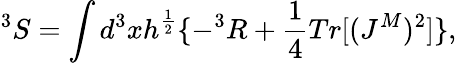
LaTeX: ^3S=\int d^{3}xh^{\frac{1}{2}}\{ -^{3}R+\frac{1}{4}Tr[(J^{M})^{2}]\} ,